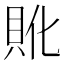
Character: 𲂨